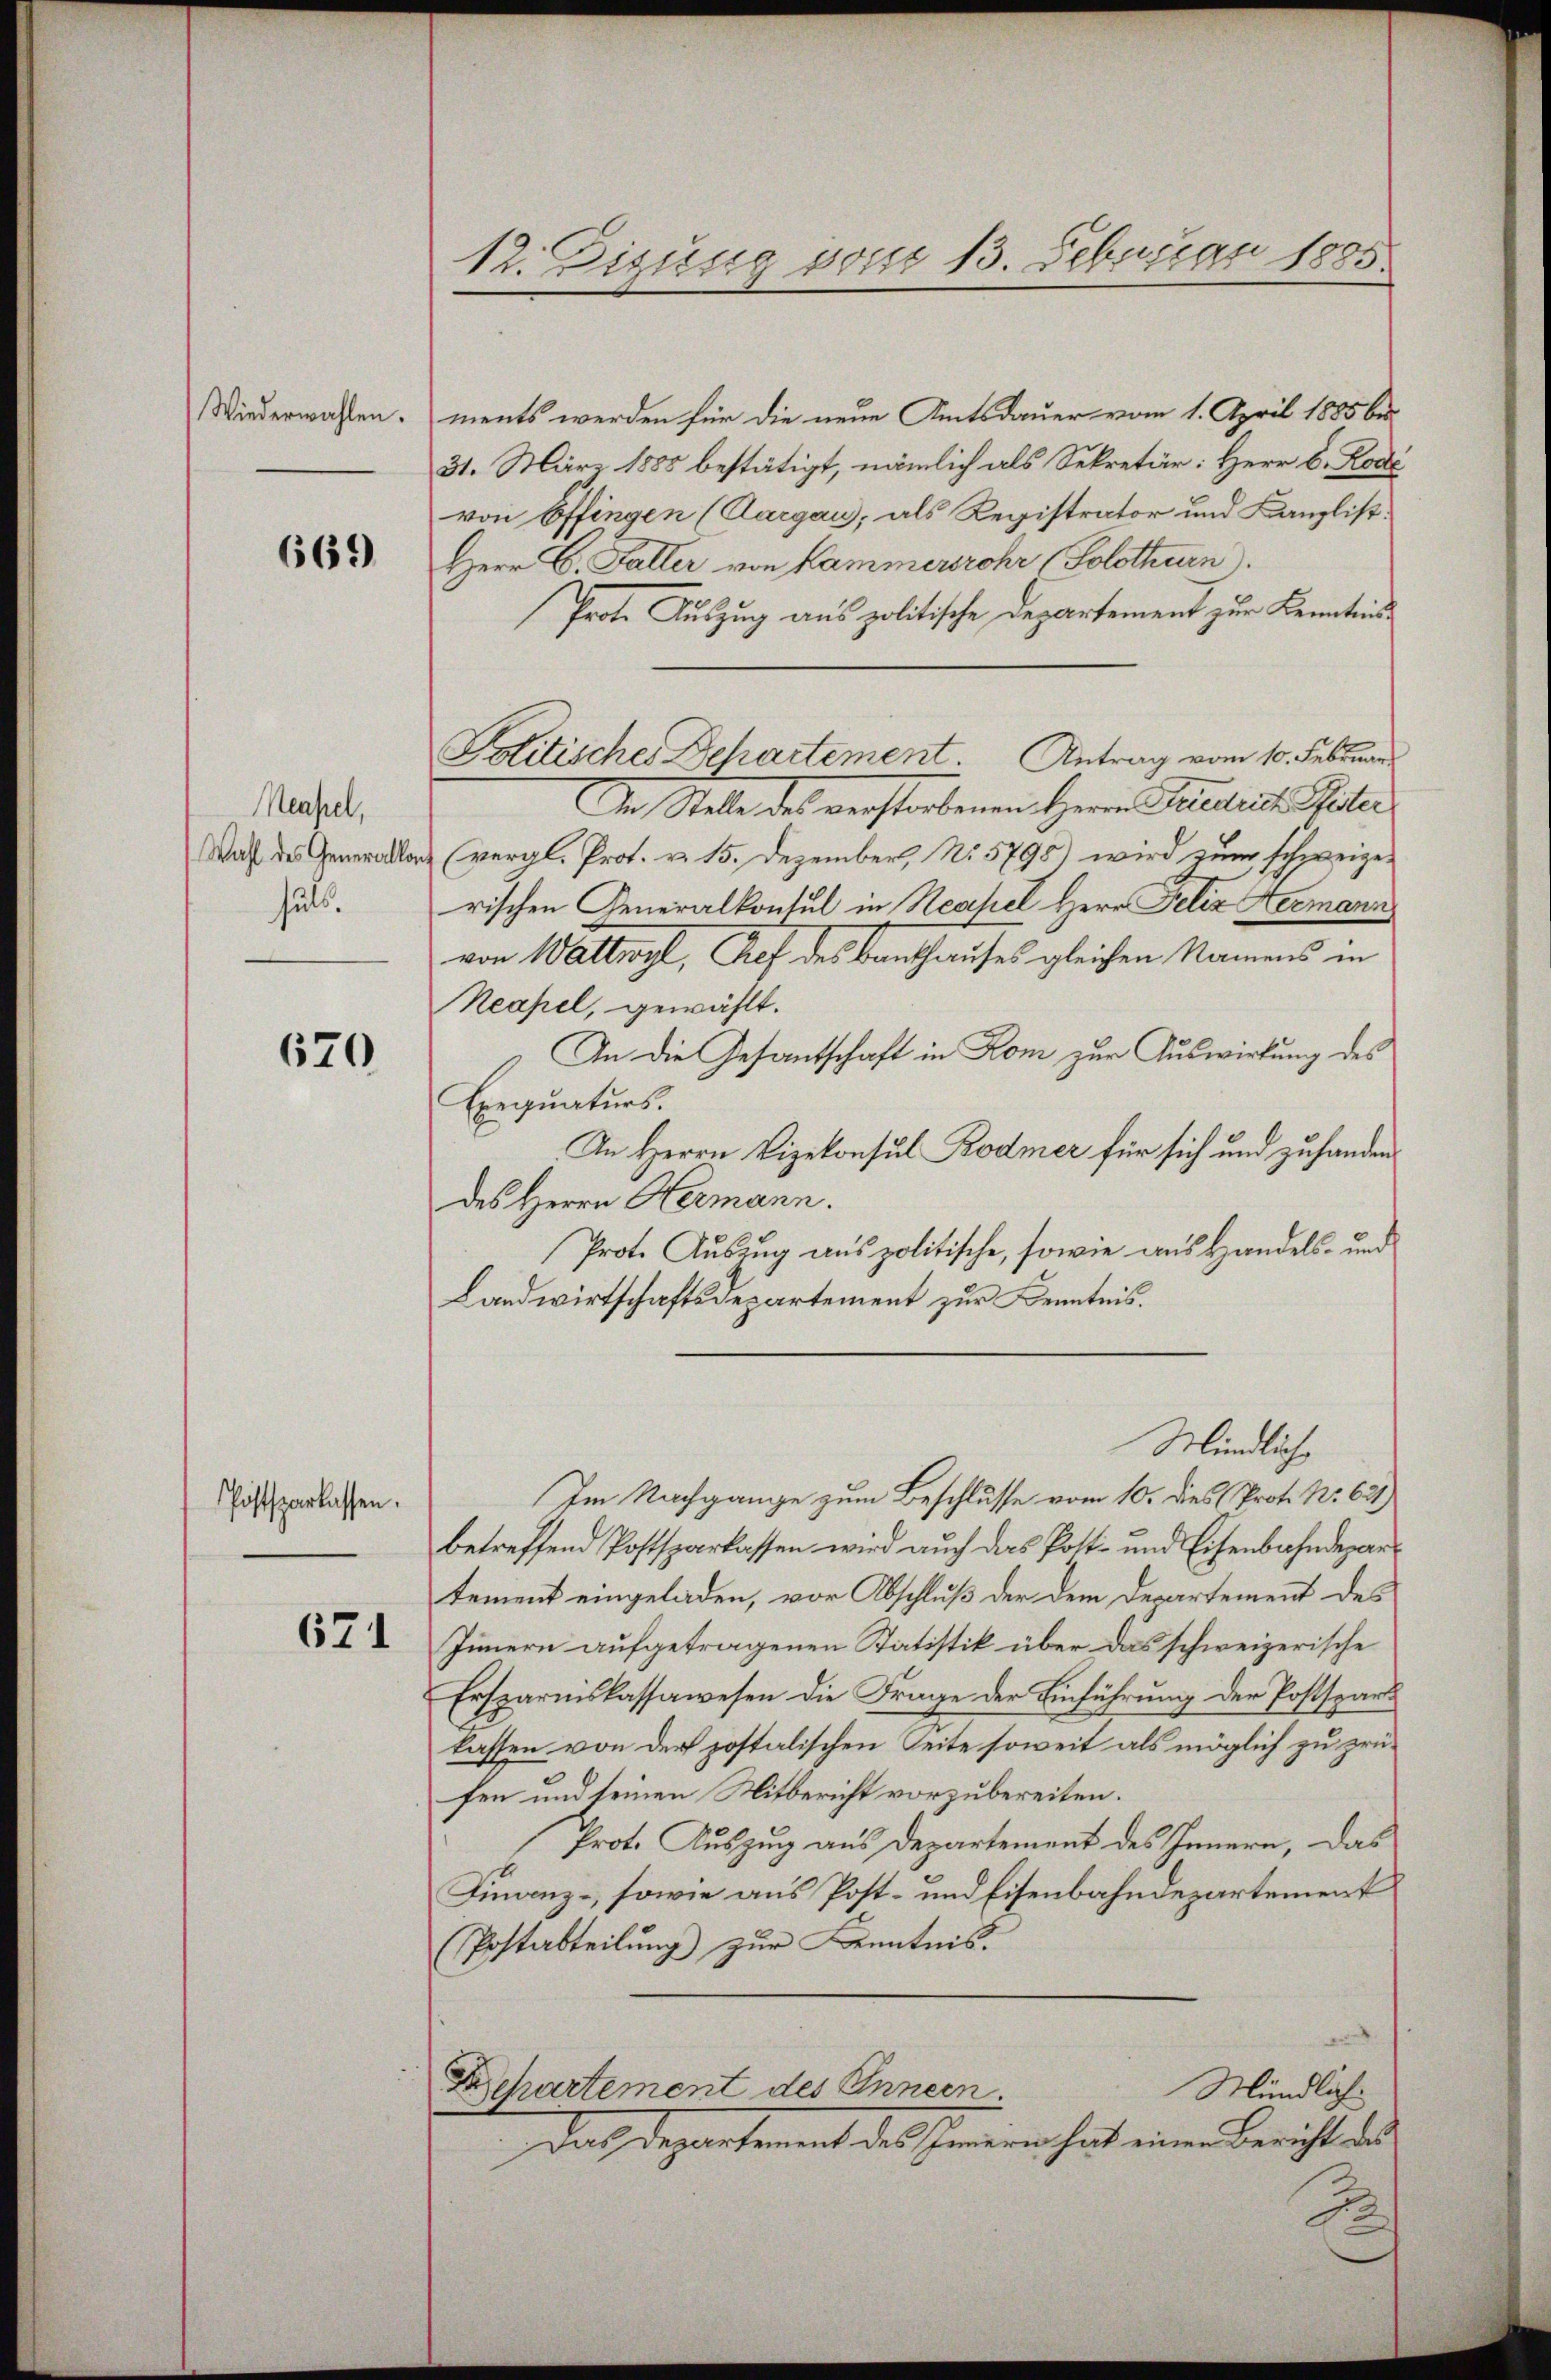
Wiederwahlen.

669

Meapel,
Wahl des Generallor
hut.

670

Postsparlassen.

621

12. Eigung vom 13. Februar 1885.

ments werden für die neue Amtsdauer vom 1. April 1885 bis
31. März 1885 bestätigt, nämlich als Sekretär: Herr B. Kodi
von Offingen (Aargau, als Registrator und Kanzlist.
Herr C. Faller von Kammerrohr (Solothurn.
Prote Auszug aus politische Departement zur Kenntniss
In Stelle des verstorbenen Herrn Pauliche Peter
 (vergl. Prot. v. 15. Dezember, No. 5795) wird zum schweizerischen Generalkontul in Neahel Herr Felix Hermann
von Wattwyl, Auf des Bankhauses gleichen Namens in
Neapel, gewählt.
An die Gesantschaft in Rom zur Auswirkung des
Exequaturs.
An Herrn Vizekonsul Bodmer für sich und zuhanden
des Herrn Hermann.
Prot. Auszug aus politische, sowie aus Handels- und
Landwirtschaftsdepartement zur Kenntnis.
Mündlich
Im Nachgange zum Beschlüsse vom 10. dies (Prot. No. 621)
betreffend Postsparkassen wird auch das Post- und Eisenbahndepartement eingeladen, vor Abschluß der dem Departement des
Innern aufgetragenen Statistik über das schweizerische
Ersparniskassawesen die Frage der Einführung der Postspars
lassen von der postalischen Seite soweit als möglich zu prüfen und seinen Mitbericht vorzubereiten.
Prot. Auszug aus Departement des Innern, das
Finanz-, sowie aus Post- und Eisenbahndepartement
Postabteilung zur Kenntnis.
Departement des Innern.
Mündliche
Das Departement das simiren heit einen Bericht das
D

Politisches Departement. Antrag vom 10. Februar